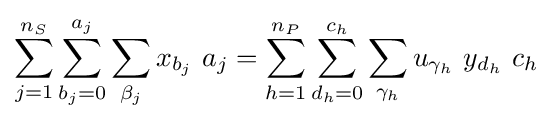
\sum _{j=1}^{n_{S}}\sum _{b_{j}=0}^{a_{j}}\sum _{\beta _{j}}x_{b_{j}}\ a_{j}=\sum _{h=1}^{n_{P}}\sum _{d_{h}=0}^{c_{h}}\sum _{\gamma _{h}}u_{\gamma _{h}}\ y_{d_{h}}\ c_{h}